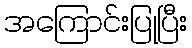
အကြောင်းပြုပြီး